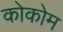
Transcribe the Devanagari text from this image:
कोकोम